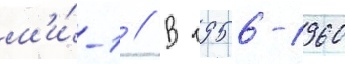
м'и́-1 // В 1956-1960